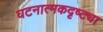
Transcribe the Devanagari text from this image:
घटनात्मकदृष्ट्या